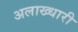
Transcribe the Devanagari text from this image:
अलाख्धारी